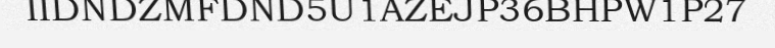
IIDNDZMFDND5U1AZEJP36BHPW1P27